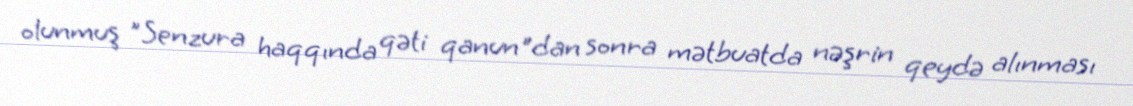
olunmuş "Senzura haqqında qəti qanun"dan sonra mətbuatda nəşrin qeydə alınması